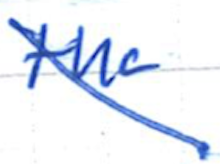
Text: the
Cross-out: mix
Writing tool: ballpoint